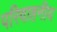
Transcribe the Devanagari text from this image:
परिवाहनीय